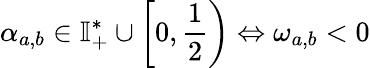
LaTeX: \alpha_{a,b}\in\mathbb{I}_{+}^{*}\cup\left[0,\frac{1}{2}\right)\Leftrightarrow\omega_{a,b}<0